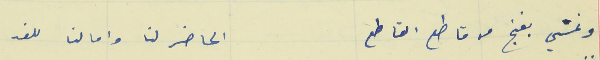
ونمشي بغنج من قاطع القاطع                                  الحاضر لنا وامالنا للغد